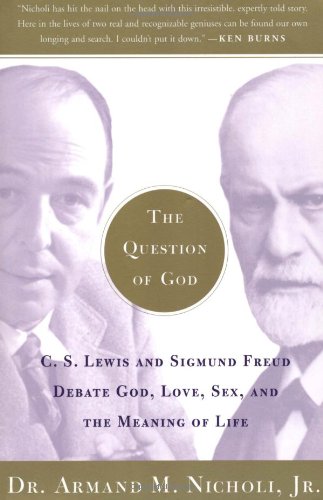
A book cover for The Question of God: C.S. Lewis and Sigmund Freud Debate God, Love, Sex, and the Meaning of Life; Armand Nicholi; Biographies & Memoirs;